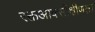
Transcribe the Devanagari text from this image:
रक्तआक्सीक्षीणता